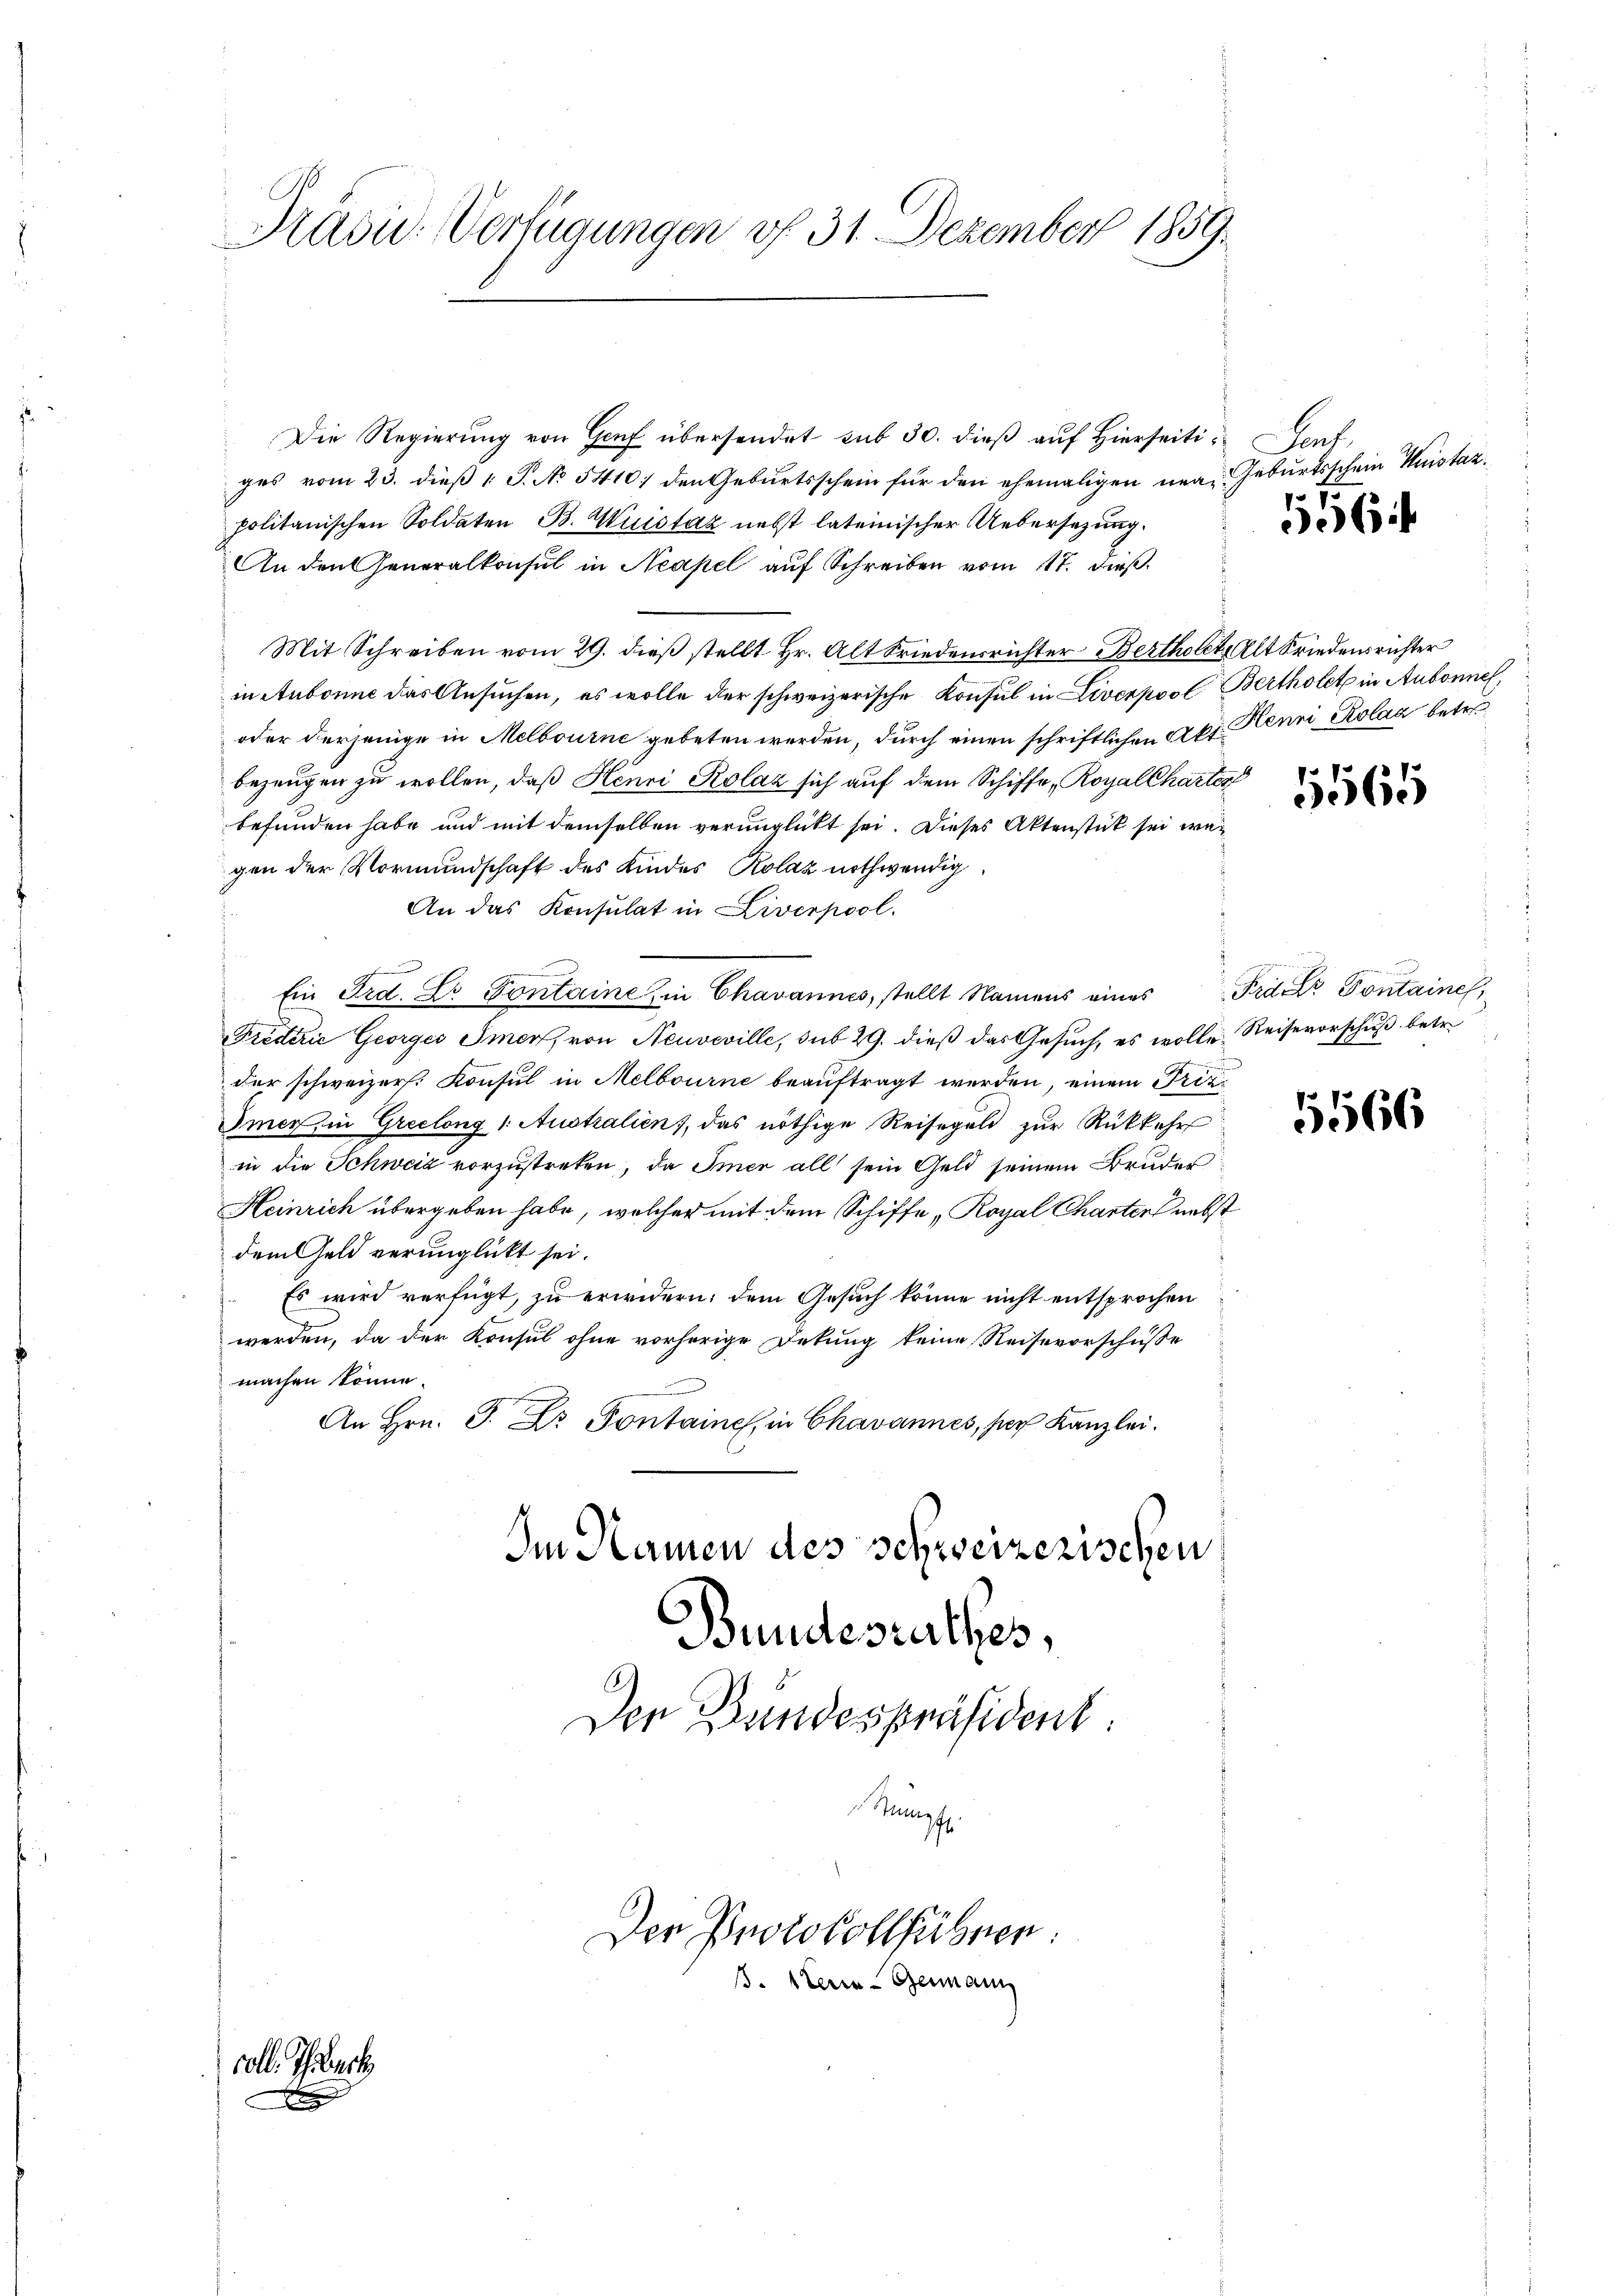
Die Regierung von Genf übersendet sub 30. dieß auf Hierseitiges vom 23. dieß 1 S. No 5410; den Geburtsschein für den ehemaligen mea Geburtsschein Huistaz
politanischen Soldaten B. Wuistaz nebst lateinischer Uebersezung.
An den Generalkonsul in Neapel auf Schreiben vom 17. dieß.
Mit Schreiben vom 29. dieß stellt Hr. Alt Friedensrichter Bertholet Alt Friedensrichter
in Aubonne das Ansuchen, es wolle der schweizerische Konsul in Liverpool Bertholet in Aubonnel,
oder derjenige in Melbourne gebeten werden, durch einen schriftlichen Akt. Henni Kolaz betre
bezeugen zu wollen, daß Henri Kolaz sich auf dem Schiffe, Royal Charter
befunden habe und mit demselben verunglückt sei. Dieses Aktenstück sei wegen der Vormundschaft des Kindes Kolaz nothwendig
An das Konsulat in Liverpool.
Ein Frd. L. Pontaine, in Chavannes, stellt Namens eines Frau Pontaine,
Fredérić Georges Immer, von Neuveville, sub 29. dieß das Gesuch, es wolle Reisevorschuß betr.
der schweizer. Konsul in Melbourne beauftragt werden, einem Friz¬
Immer, in Greelong 1. Australien, das nöthige Reisegeld zur Rückkehr
in die Schweiz vorzustreten, da Imer all sein Geld seinem Bruder
Heinrich übergeben habe, welcher mit dem Schiffe „Royal Charter nebst
dem Geld verunglückt sei.
Es wird verfügt, zu erwidern; dem Gesuch könne nicht entsprochen
werden, da der Konsul ohne vorherige Dekung keine Reisevorschusse
machen könne.
An Hrn. J. Dr. Pontaine, in Chavannes, sur Kanzlei.
Im Namen des schweizerischen
Bundesrathes,

Kadu. Verfügungen vf 31. Dezember 1859.

voll. Thibuch

Den Bundespräsident.
Stumpf.
Der Protokollführen
B. sterie-Germann

Sant.
p

6

5565

5566